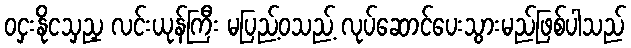
ဝငှးနိုငသှညှ လင်းယုန်ကြီး မပြည့်ဝသည့် လုပ်ဆောင်ပေးသွားမည်ဖြစ်ပါသည်